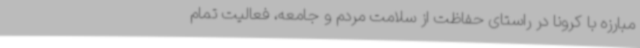
مبارزه با کرونا در راستای حفاظت از سلامت مردم و جامعه، فعالیت تمام